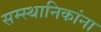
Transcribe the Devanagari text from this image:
सम्स्थानिकांना